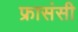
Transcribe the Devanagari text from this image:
फ्रासंसी